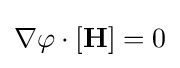
\nabla \varphi \cdot [\mathbf {H} ]=0